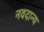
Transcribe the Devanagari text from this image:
नवदान्य